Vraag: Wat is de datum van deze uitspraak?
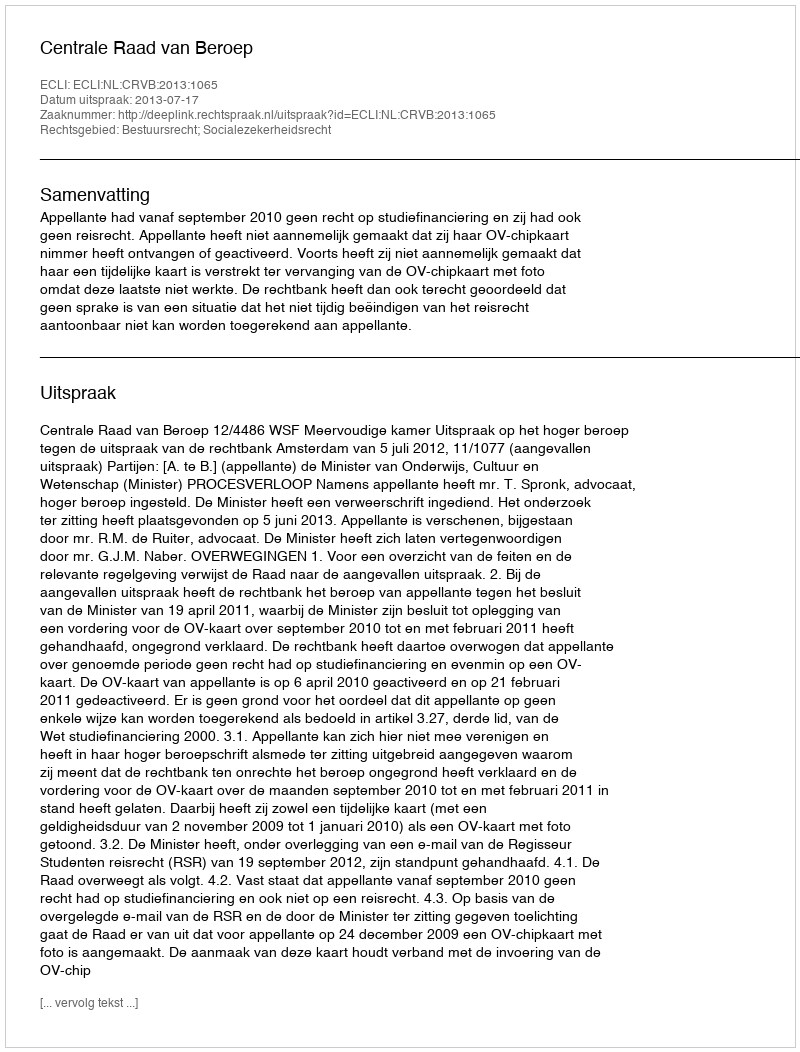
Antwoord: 2013-07-17